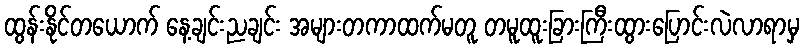
ထွန်းနိုင်တယောက် နေ့ချင်းညချင်း အများတကာထက်မတူ တမူထူးခြားကြီးထွားပြောင်းလဲလာရာမှ